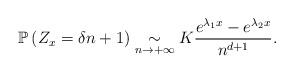
LaTeX: \begin{align*}\mathbb{P}\left(Z_x=\delta n+1\right)\underset{n\rightarrow+\infty}{\sim} K\frac{e^{\lambda_1 x}-e^{\lambda_2 x}}{n^{d+1}}.\end{align*}